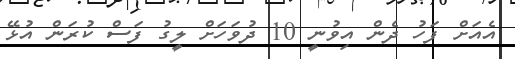
އެއަށް ފަހު ދެން އިވުނީ 10 ދުވަހަށް ލީގު ފަސް ކުރަން އުޅޭ